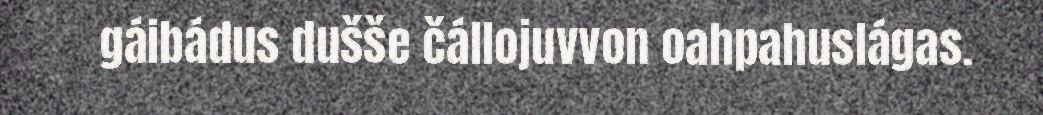
gáibádus dušše čállojuvvon oahpahuslágas.